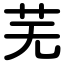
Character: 芜